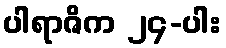
ပါရာဇိက ၂၄-ပါး